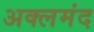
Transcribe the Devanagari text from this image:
अक्लमंद